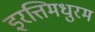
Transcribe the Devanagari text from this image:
इरत्तिमधुरम